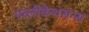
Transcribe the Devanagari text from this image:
पब्लीकेशसन्स